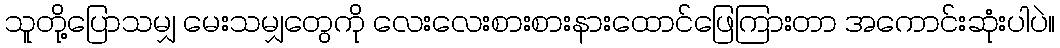
သူတို့ပြောသမျှ မေးသမျှတွေကို လေးလေးစားစားနားထောင်ဖြေကြားတာ အကောင်းဆုံးပါပဲ။